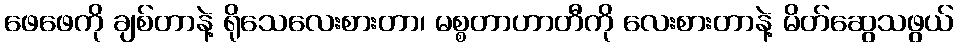
ဖေဖေကို ချစ်တာနဲ့ ရိုသေလေးစားတာ၊ မစ္စတာဟာတီကို လေးစားတာနဲ့ မိတ်ဆွေသဖွယ်